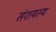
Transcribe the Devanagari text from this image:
संशयस्य